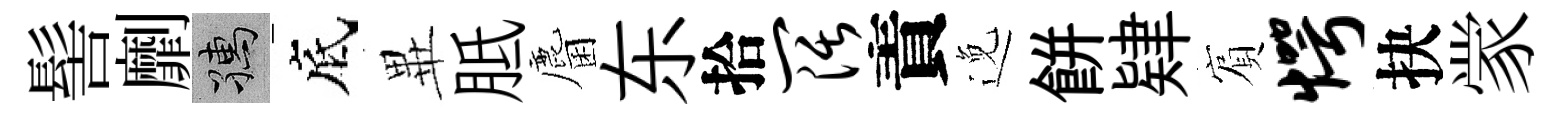
髻劘孺底𭺾胝麕东拾阔責𨓜餅肄賔愕抉䝉